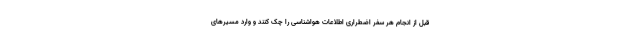
قبل از انجام هر سفر اضطراری اطلاعات هواشناسی را چک کنند و وارد مسیرهای